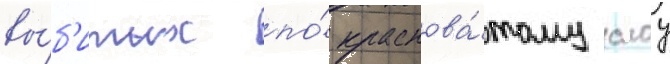
вы́б'итых по́ краснова́тому слоу